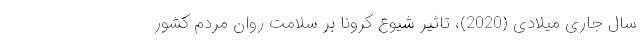
سال جاری میلادی (2020)، تاثیر شیوع کرونا بر سلامتِ روان مردم کشور